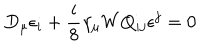
D _ { \mu } \epsilon _ { i } + \frac { i } { 8 } \gamma _ { \mu } W Q _ { i j } \epsilon ^ { j } = 0